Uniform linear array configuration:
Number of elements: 24
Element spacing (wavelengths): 0.5
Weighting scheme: uniform
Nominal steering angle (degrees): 0
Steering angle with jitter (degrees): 0.9033
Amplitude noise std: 0.05
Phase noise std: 0.05

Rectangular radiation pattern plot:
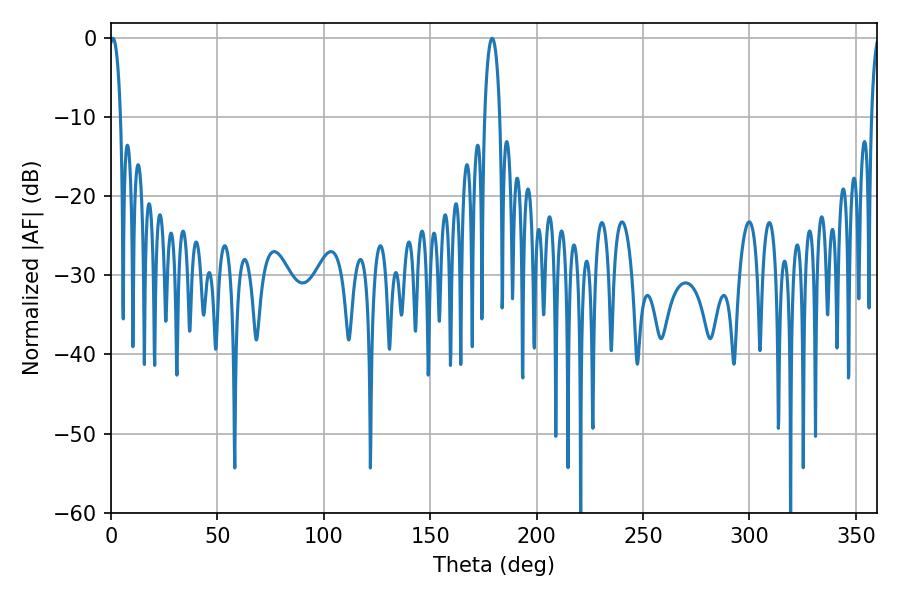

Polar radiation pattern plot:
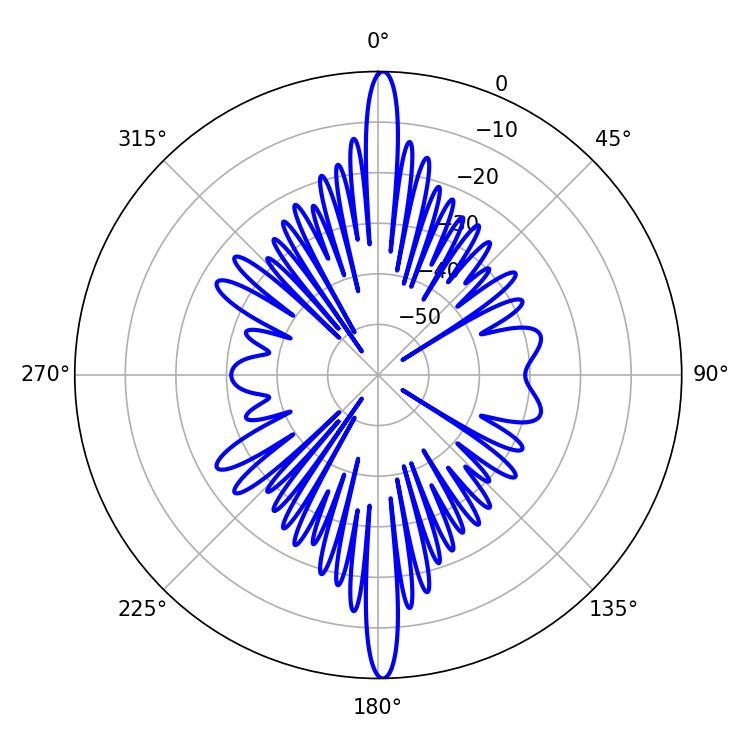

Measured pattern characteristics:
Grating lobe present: FALSE
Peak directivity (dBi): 29.223
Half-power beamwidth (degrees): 2.88
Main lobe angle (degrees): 0.9